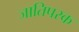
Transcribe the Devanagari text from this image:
जातिपरक